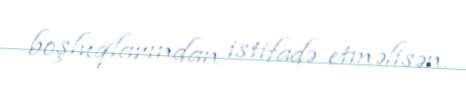
boşluqlarından istifadə etməlisən.